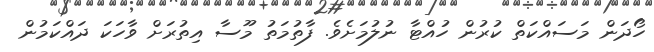
ހޯދަން މަސައްކަތް ކުރުން ހުއްޓާ ނުލުމަށެވެ. ފާތުމަތު މޫސާ އިތުރަށް ވާހަކަ ދައްކަމުން